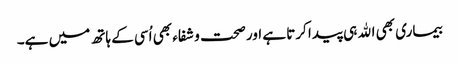
بیماری بھی اﷲ ہی پیدا کرتا ہے اور صحت و شفاء بھی اُسی کے ہاتھ میں ہے۔